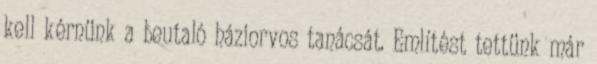
kell kérnünk a beutaló háziorvos tanácsát. Említést tettünk már